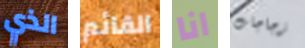
الذي القائم انا زجاجات